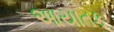
આયાતક